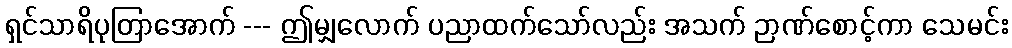
ရှင်သာရိပုတြာအောက် --- ဤမျှလောက် ပညာထက်သော်လည်း အသက် ဉာဏ်စောင့်ကာ သေမင်း